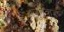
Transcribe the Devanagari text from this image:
अर्जुनवाड